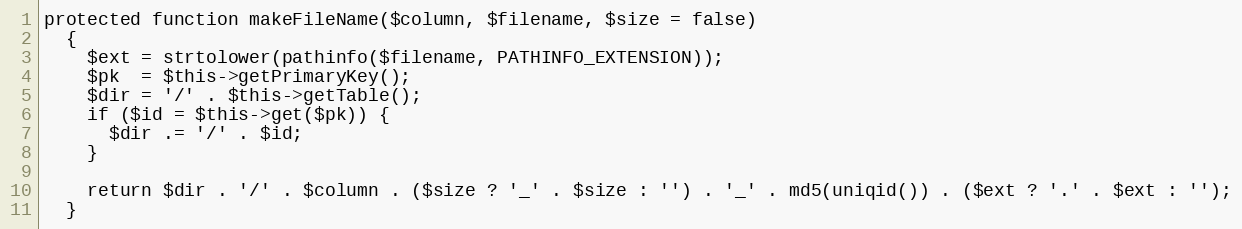
Language: PHP
protected function makeFileName($column, $filename, $size = false)
  {
    $ext = strtolower(pathinfo($filename, PATHINFO_EXTENSION));
    $pk  = $this->getPrimaryKey();
    $dir = '/' . $this->getTable();
    if ($id = $this->get($pk)) {
      $dir .= '/' . $id;
    }

    return $dir . '/' . $column . ($size ? '_' . $size : '') . '_' . md5(uniqid()) . ($ext ? '.' . $ext : '');
  }